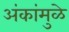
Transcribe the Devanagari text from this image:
अंकांमुळे